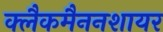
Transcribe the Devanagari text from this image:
क्लैकमैननशायर